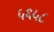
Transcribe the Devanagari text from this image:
५६५८